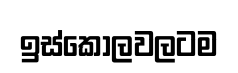
ඉස්කෝලවලටම